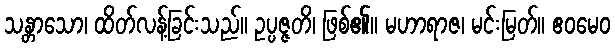
သန္တာသော၊ ထိတ်လန့်ခြင်းသည်။ ဥပ္ပဇ္ဇတိ၊ ဖြစ်၏။ မဟာရာဇ၊ မင်းမြတ်။ ဧဝမေဝ